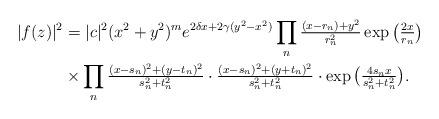
LaTeX: \begin{align*} |f(z)|^2 & = |c|^2 (x^2+y^2)^m e^{2\delta x+2\gamma (y^2-x^2)} \prod_n \tfrac{(x-r_n)+y^2}{r_n^2} \exp\big(\tfrac{2x}{r_n}\big) \\& \times \prod_n\tfrac{(x-s_n)^2+(y-t_n)^2}{s_n^2+t_n^2} \cdot\tfrac{(x-s_n)^2+(y+t_n)^2}{s_n^2+t_n^2} \cdot\exp\big(\tfrac{4s_n x}{s_n^2+t_n^2}\big). \end{align*}